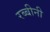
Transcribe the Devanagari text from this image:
रब्बीनी